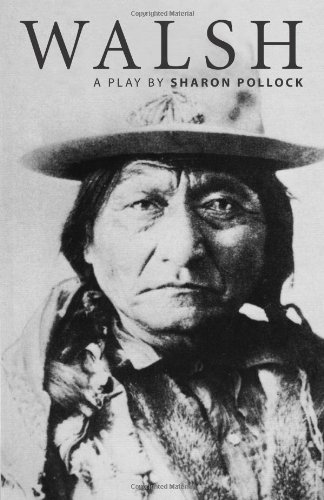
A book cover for Walsh; Sharon Pollock; Literature & Fiction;